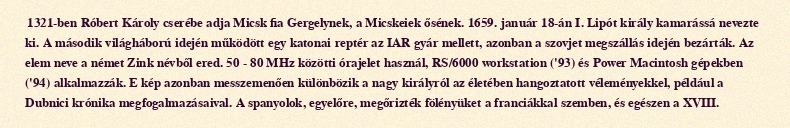
1321-ben Róbert Károly cserébe adja Micsk fia Gergelynek, a Micskeiek ősének. 1659. január 18-án I. Lipót király kamarássá nevezte ki. A második világháború idején működött egy katonai reptér az IAR gyár mellett, azonban a szovjet megszállás idején bezárták. Az elem neve a német Zink névből ered. 50 - 80 MHz közötti órajelet használ, RS/6000 workstation ('93) és Power Macintosh gépekben ('94) alkalmazzák. E kép azonban messzemenően különbözik a nagy királyról az életében hangoztatott véleményekkel, például a Dubnici krónika megfogalmazásaival. A spanyolok, egyelőre, megőrizték fölényüket a franciákkal szemben, és egészen a XVIII.